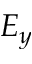
E _ { y }